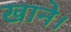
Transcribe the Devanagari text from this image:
खाने।